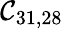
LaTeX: \mathcal{C}_{31,28}